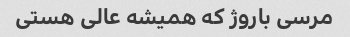
مرسی باروژ که همیشه عالی هستی